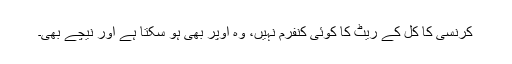
کرنسی کا کل کے ریٹ کا کوئی کنفرم نہیں، وہ اوپر بھی ہو سکتا ہے اور نیچے بھی۔